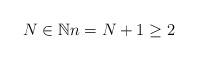
LaTeX: \begin{align*}N \in \mathbb{N} n=N+1 \geq 2\end{align*}